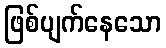
ဖြစ်ပျက်နေသော